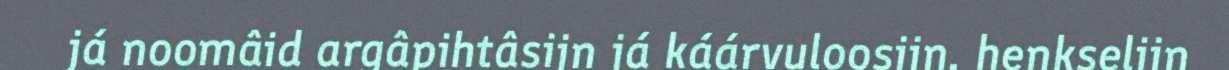
já noomâid argâpihtâsijn já káárvuloosijn, heŋkselijn